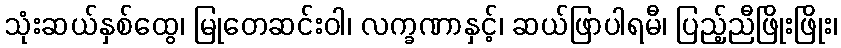
သုံးဆယ်နှစ်ထွေ၊ မြုတေဆင်းဝါ၊ လက္ခဏာနှင့်၊ ဆယ်ဖြာပါရမီ၊ ပြည့်ညီဖြိုးဖြိုး၊